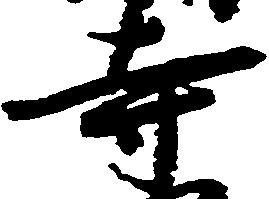
寺